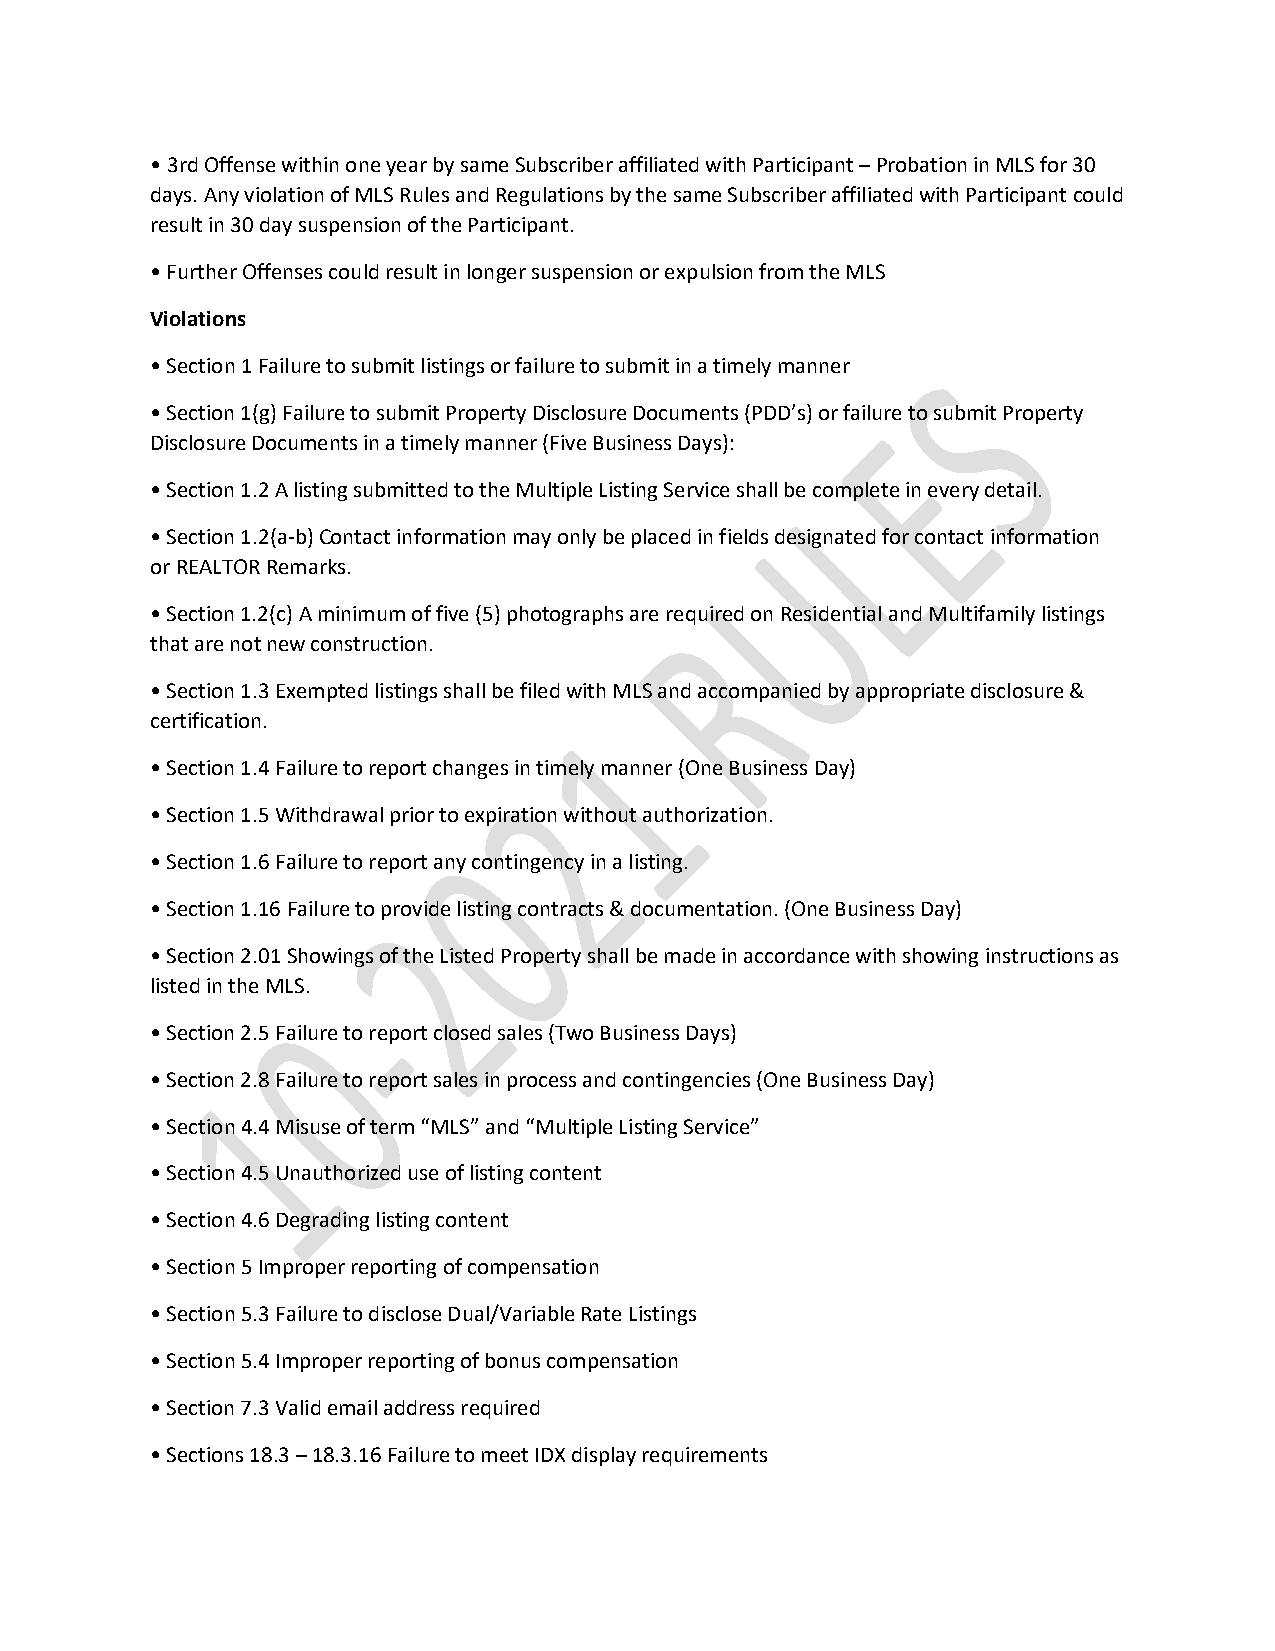
• 3rd Offense within one year by same Subscriber affiliated with Participant – Probation in MLS for 30
 days. Any violation of MLS Rules and Regulations by the same Subscriber affiliated with Participant could
 result in 30 day suspension of the Participant.
 • Further Offenses could result in longer suspension or expulsion from the MLS
 Violations
 • Section 1 Failure to submit listings or failure to submit in a timely manner
 • Section 1(g) Failure to submit Property Disclosure Documents (PDD’s) or failure to submit Property
 Disclosure Documents in a timely manner (Five Business Days):
 • Section 1.2 A listing submitted to the Multiple Listing Service shall be complete in every detail.
 • Section 1.2(a-b) Contact information may only be placed in fields designated for contact information
 or REALTOR Remarks.
 • Section 1.2(c) A minimum of five (5) photographs are required on Residential and Multifamily listings
 that are not new construction.
 • Section 1.3 Exempted listings shall be filed with MLS and accompanied by appropriate disclosure &
 certification.
 • Section 1.4 Failure to report changes in timely manner (One Business Day)
 • Section 1.5 Withdrawal prior to expiration without authorization.
 • Section 1.6 Failure to report any contingency in a listing.
 • Section 1.16 Failure to provide listing contracts & documentation. (One Business Day)
 • Section 2.01 Showings of the Listed Property shall be made in accordance with showing instructions as
 listed in the MLS.
 • Section 2.5 Failure to report closed sales (Two Business Days)
 • Section 2.8 Failure to report sales in process and contingencies (One Business Day)
 • Section 4.4 Misuse of term “MLS” and “Multiple Listing Service”
 • Section 4.5 Unauthorized use of listing content
 • Section 4.6 Degrading listing content
 • Section 5 Improper reporting of compensation
 • Section 5.3 Failure to disclose Dual/Variable Rate Listings
 • Section 5.4 Improper reporting of bonus compensation
 • Section 7.3 Valid email address required
 • Sections 18.3 – 18.3.16 Failure to meet IDX display requirements